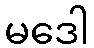
မဒေါ